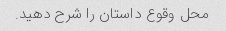
محل وقوع داستان را شرح دهید.